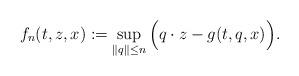
LaTeX: \begin{align*}f_n(t,z,x):=\sup_{ \|q\|\le n}\Big(q \cdot z - g(t,q,x) \Big).\end{align*}